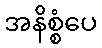
အနိစ္စံပေ